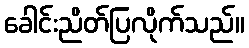
ခေါင်းညိတ်ပြလိုက်သည်။